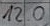
Text: 120